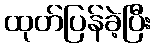
ထုတ်ပြန်ခဲ့ပြီး